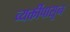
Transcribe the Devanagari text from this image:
व्यक्तींपासून